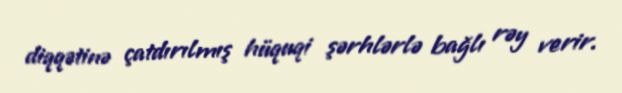
diqqətinə çatdırılmış hüquqi şərhlərlə bağlı rəy verir.